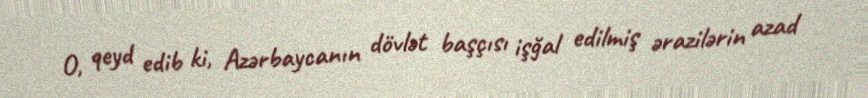
O, qeyd edib ki, Azərbaycanın dövlət başçısı işğal edilmiş ərazilərin azad